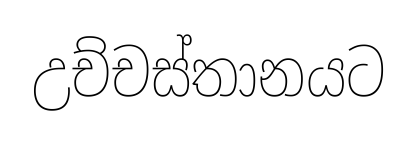
උච්චස්තානයට